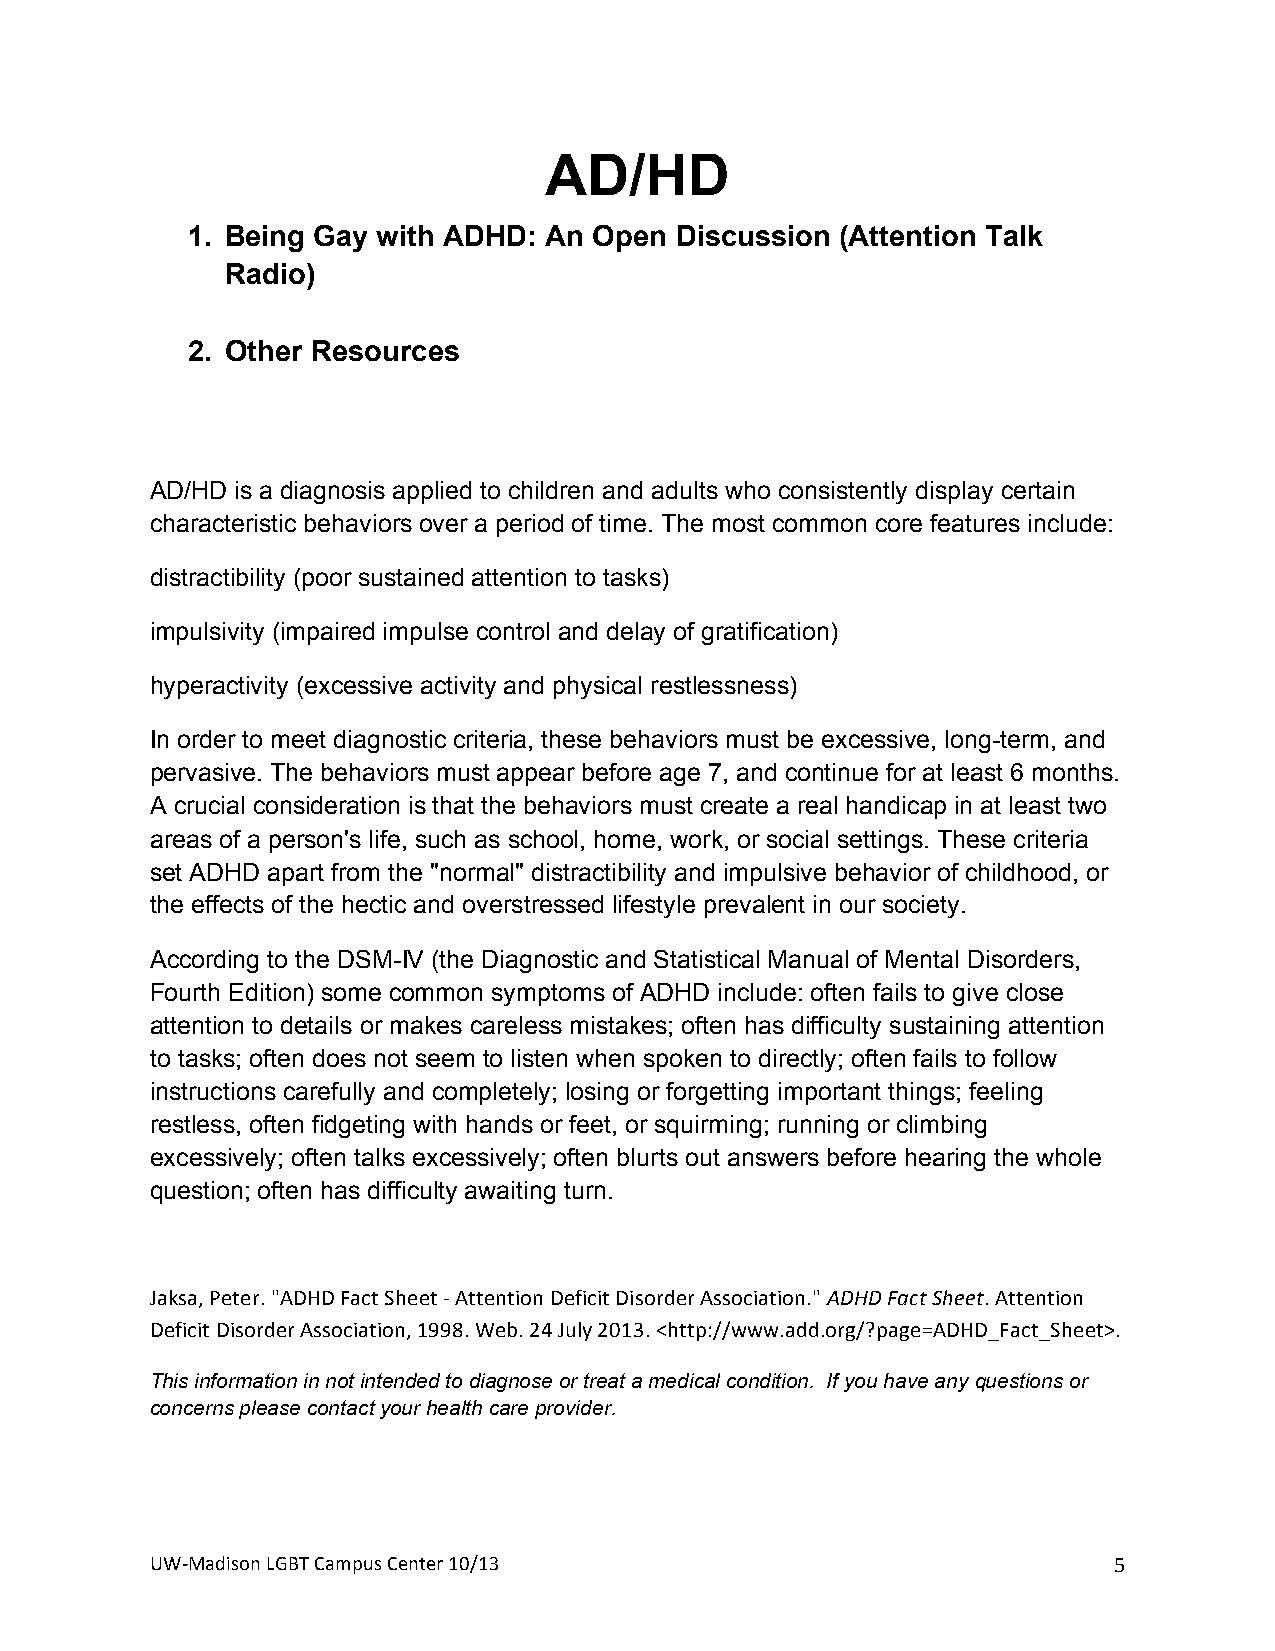
AD/HD
 1. Being Gay with ADHD: An Open  Discussion (Attention Talk
 Radio)
 2. Other Resources
 +
 AD/HD is a diagnosis applied to children and adults who consistently display certain
 characteristic behaviors over a period of time. The most common core features include:
 distractibility (poor sustained attention to tasks)
 impulsivity (impaired impulse control and delay of gratification)
 hyperactivity (excessive activity and physical restlessness)
 In order to meet diagnostic criteria, these behaviors must be excessive, long-term, and
 pervasive. The behaviors must appear before age 7, and continue for at least 6 months.
 A crucial consideration is that the behaviors must create a real handicap in at least two
 areas of a person's life, such as school, home, work, or social settings. These criteria
 set ADHD apart from the "normal" distractibility and impulsive behavior of childhood, or
 the effects of the hectic and overstressed lifestyle prevalent in our society.
 According to the DSM-IV (the Diagnostic and Statistical Manual of Mental Disorders,
 Fourth Edition) some common symptoms of ADHD include: often fails to give close
 attention to details or makes careless mistakes; often has difficulty sustaining attention
 to tasks; often does not seem to listen when spoken to directly; often fails to follow
 instructions carefully and completely; losing or forgetting important things; feeling
 restless, often fidgeting with hands or feet, or squirming; running or climbing
 excessively; often talks excessively; often blurts out answers before hearing the whole
 question; often has difficulty awaiting turn.
 +
 Jaksa,+Peter.+"ADHD+Fact+Sheet+#+Attention+Deficit+Disorder+Association."+ADHD$Fact$Sheet.+Attention+
 Deficit+Disorder+Association,+1998.+Web.+24+July+2013.+<http://www.add.org/?page=ADHD_Fact_Sheet>.+
 This information in not intended to diagnose or treat a medical condition. If you have any questions or
 concerns please contact your health care provider.+ +
 UW#Madison+LGBT+Campus+Center+10/13+                            5+